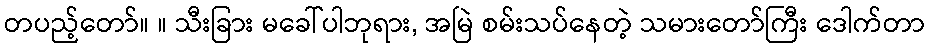
တပည့်တော်။ ။ သီးခြား မခေါ်ပါဘုရား, အမြဲ စမ်းသပ်နေတဲ့ သမားတော်ကြီး ဒေါက်တာ